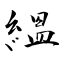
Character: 縕